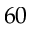
6 0